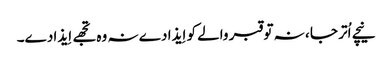
نیچے اُتر جا ، نہ تو قبر والے کو اِیذا دے نہ وہ تجھے اِیذا دے۔